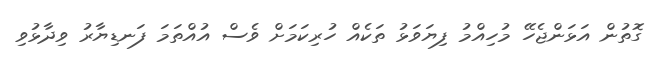
ގޮތުން އަޅަންޖެހޭ މުހިއްމު ފިޔަވަޅު ތަކެއް ހުރިކަމަށް ވެސް އުއްތަމަ ފަނޑިޔާރު ވިދާޅުވި